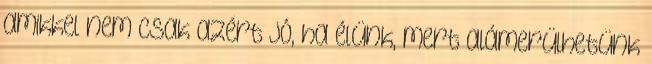
amikkel nem csak azért jó, ha élünk, mert alámerülhetünk